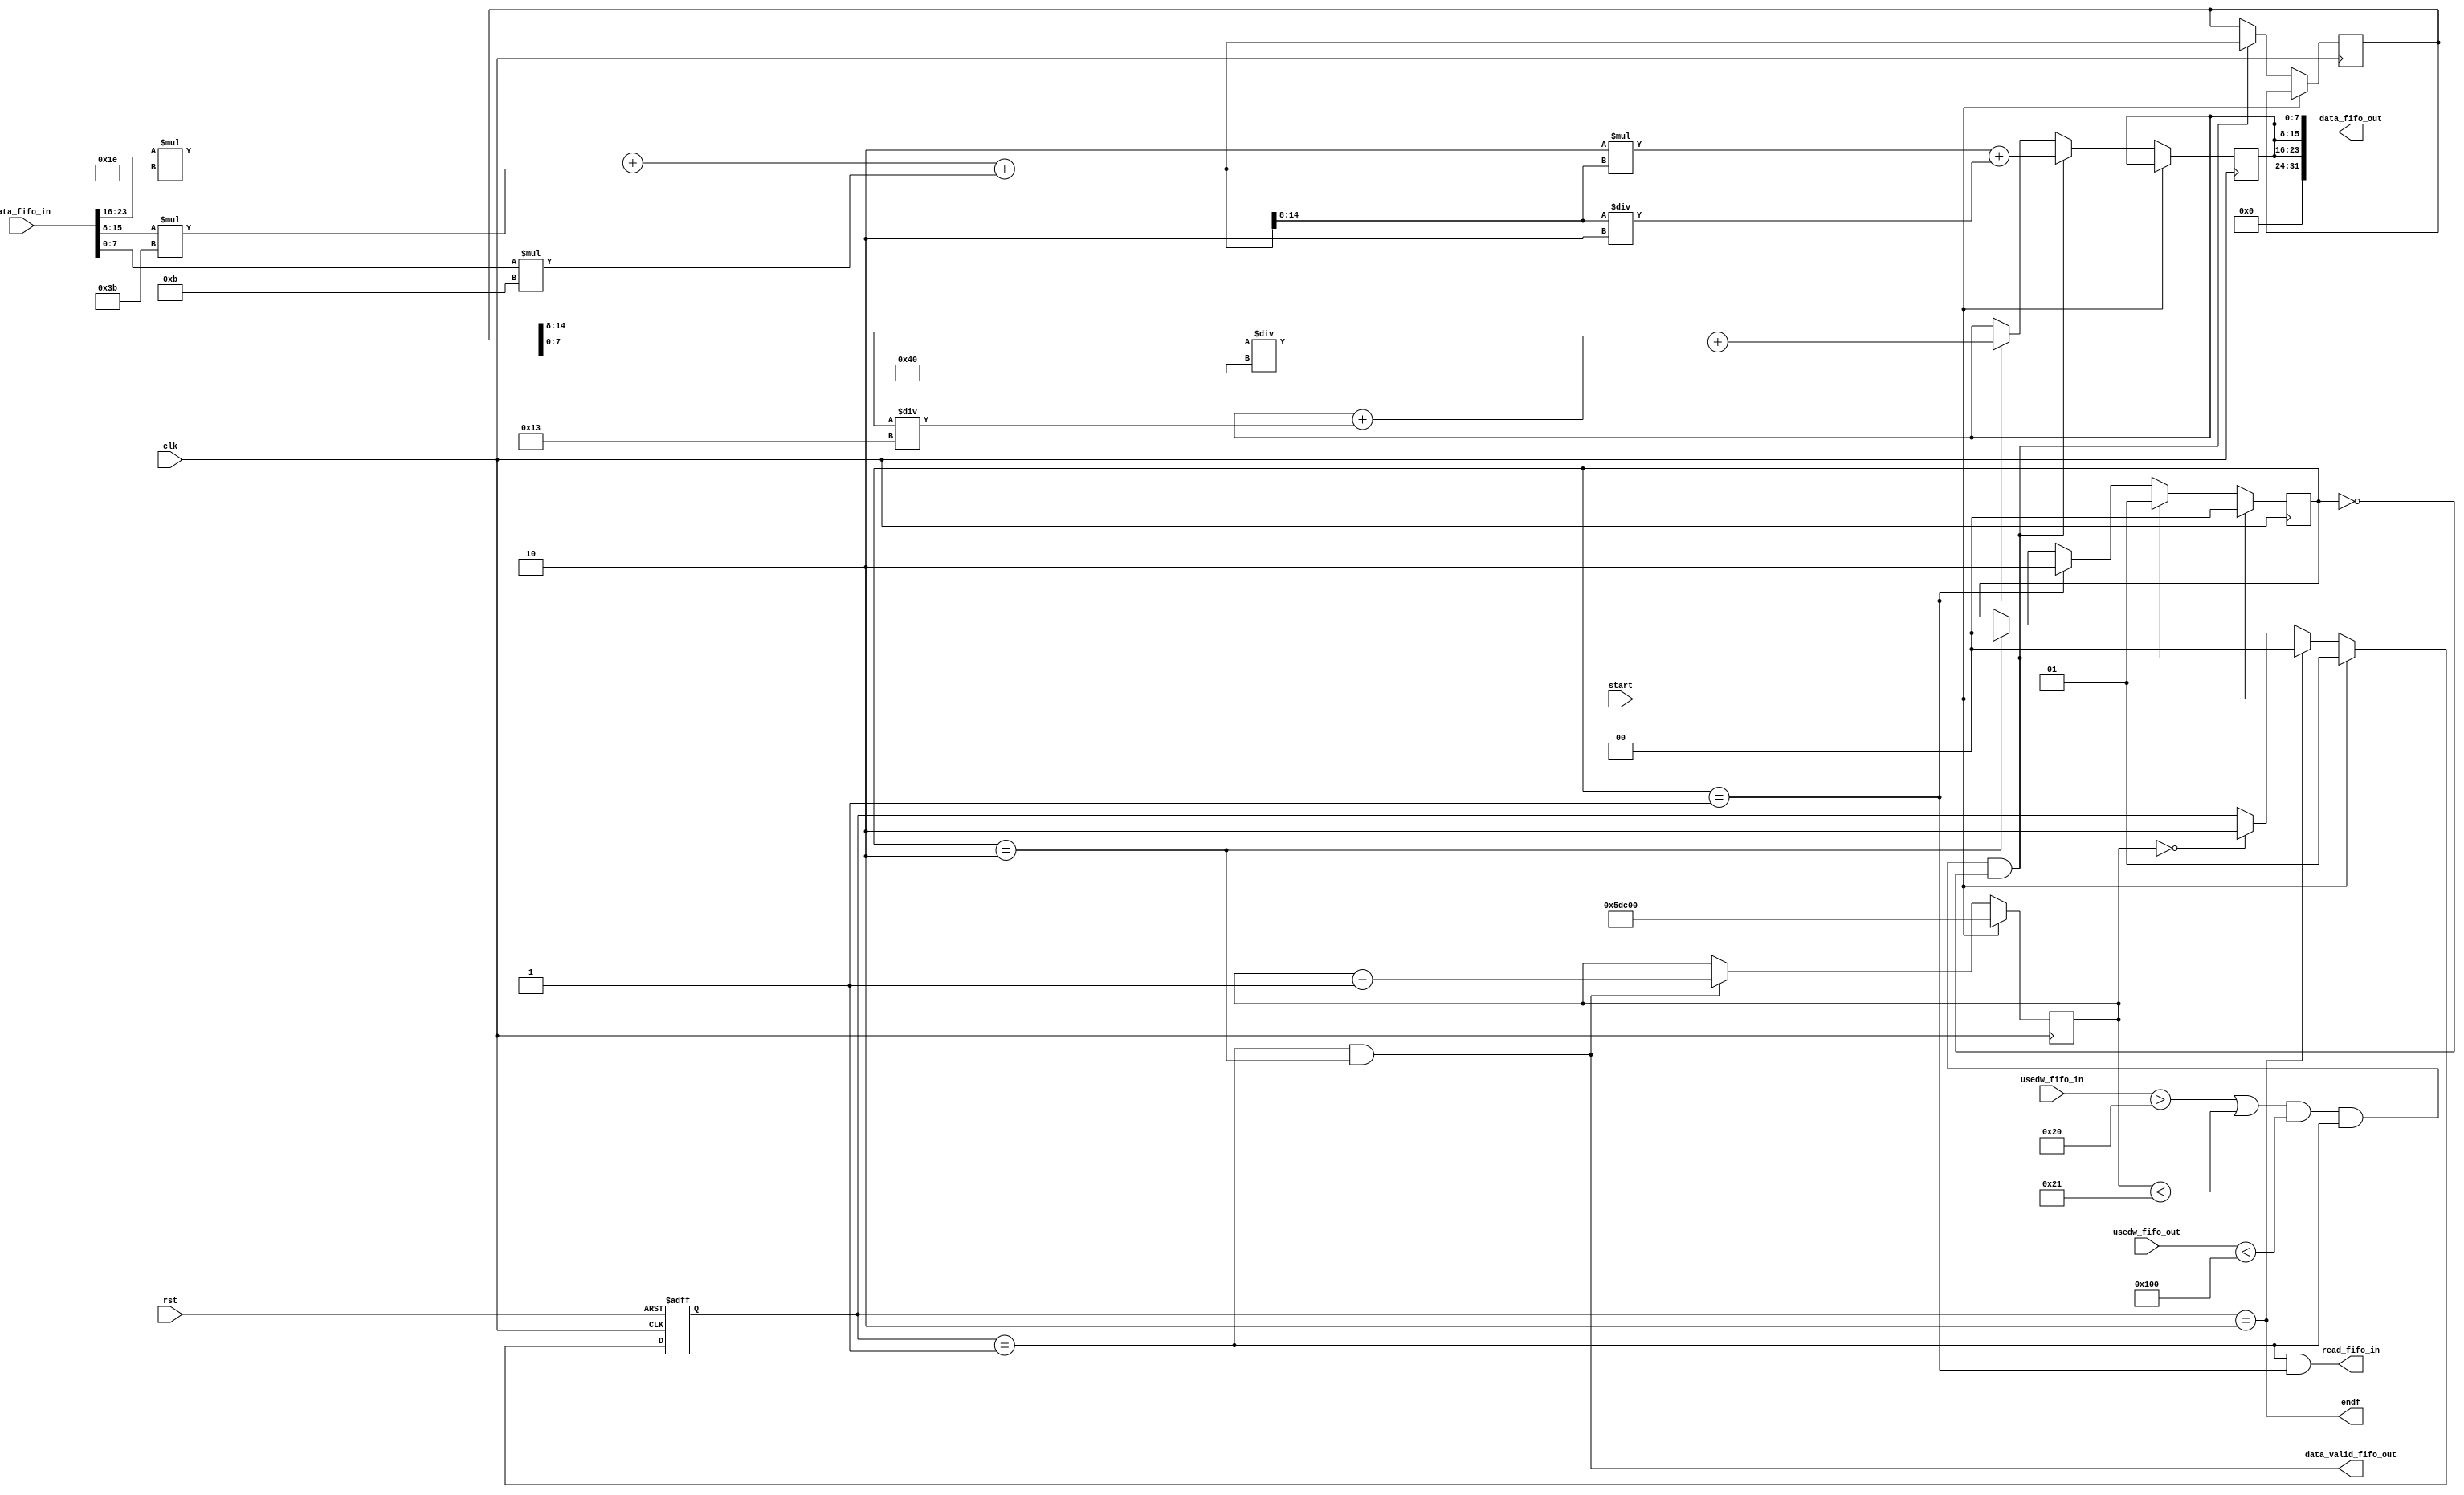
module AGrises (
	input clk,
	input rst,

	output [DATA_WIDTH-1:0] data_fifo_out,
	output data_valid_fifo_out,
	input wire [FIFO_DEPTH_LOG2:0] usedw_fifo_out,
	
	input wire [DATA_WIDTH-1:0] data_fifo_in,
	output read_fifo_in,
	input wire [FIFO_DEPTH_LOG2:0] usedw_fifo_in,

	input start,
	output endf
);
   
	parameter DATA_WIDTH=32;
	parameter FIFO_DEPTH = 256;
	parameter FIFO_DEPTH_LOG2 = 8;
	
	reg [1:0] stages;
	wire stages_init;
	reg [1:0] run;
	
	reg [14:0] grey_aux;
	reg [7:0] grey;
	
	reg [18:0] pixel_counter;
	
	always @ (posedge clk or posedge rst) begin
		if (rst == 1) begin
			run <= 0;
		end else begin
			if (start == 1) begin
				run <= 1;
			end else begin
				if (pixel_counter == 0) begin
					run <= 2;
				end
				if (endf == 1) begin
					run <= 0;
				end
			end
		end
	end
	
	always @ (posedge clk) begin
		if (start == 1) begin
			pixel_counter <= 384000;
		end else begin
			if (data_valid_fifo_out) begin
				pixel_counter <= pixel_counter - 1;
			end
		end
	end
	
	always @ (posedge clk) begin
      if (start == 1) begin
			stages <= 0;
		end else begin
			if (stages_init == 1) begin
				stages <= 1;
				grey_aux = data_fifo_in[23:16]*8'd30 + data_fifo_in[15:8]*8'd59 + data_fifo_in[7:0]*8'd11;
				grey = 8'd2 * grey_aux[14:8];
				grey = grey + (grey_aux[14:8] / 8'd2);
			end else begin
				if (stages == 1) begin
					stages <= 2;
					grey = grey + (grey_aux[14:8] / 8'd19);
					grey = grey + (grey_aux[7:0] / 8'd64);
				end else begin
					if (stages == 2) begin
						stages <= 0;
					end
				end
			end
		end
	end
	
	assign stages_init = ((usedw_fifo_in > 32)|(pixel_counter < 33)) & (usedw_fifo_out < FIFO_DEPTH) & (run == 1) & (stages == 0);

	assign read_fifo_in = (run == 1) & (stages == 1);

	assign data_fifo_out = {8'd0,{3{grey}}};
	assign data_valid_fifo_out = (run == 1) & (stages == 2);
	
	assign endf = (run == 2);
	
endmodule